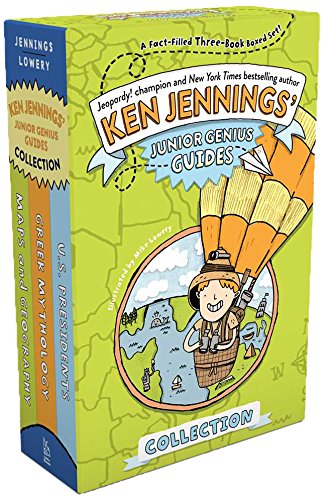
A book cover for Ken Jennings' Junior Genius Guides Collection: Maps and Geography; Greek Mythology; U.S. Presidents; Ken Jennings; Children's Books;